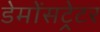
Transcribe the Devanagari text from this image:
डेमोंसट्रेटर